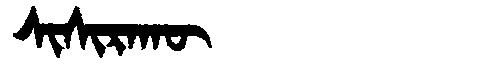
Manchu: ᠰᡳᠰᡳᡵᠠᡴᡡ
Romanization: SISIRAKŪ